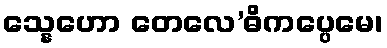
သ္နေဟော တေလေ’ဓိကပ္ပေမေ၊